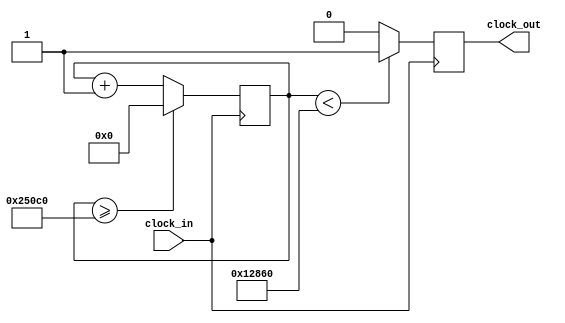
`timescale 1ns / 1ps
//////////////////////////////////////////////////////////////////////////////////
// Company: 
// Engineer: 
// 
// Design Name: 
// Module Name:    mi_grande 
// Project Name: 
// Target Devices: 
// Tool versions: 
// Description: 
//
// Dependencies: 
//
// Revision: 
// Revision 0.01 - File Created
// Additional Comments: 
//
//////////////////////////////////////////////////////////////////////////////////
module mi_grande (input clock_in, output reg clock_out);

reg [27:0]  counter = 28'd0;
parameter DIVISOR = 28'd151745;
always @(posedge clock_in)
begin
counter <= counter + 28'd1;
if (counter >=(DIVISOR-1))
counter <= 28'd0;
clock_out <= (counter<DIVISOR/2)?1'b1:1'b0;

end

endmodule